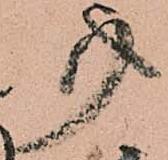
事